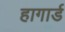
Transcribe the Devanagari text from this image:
हागार्ड